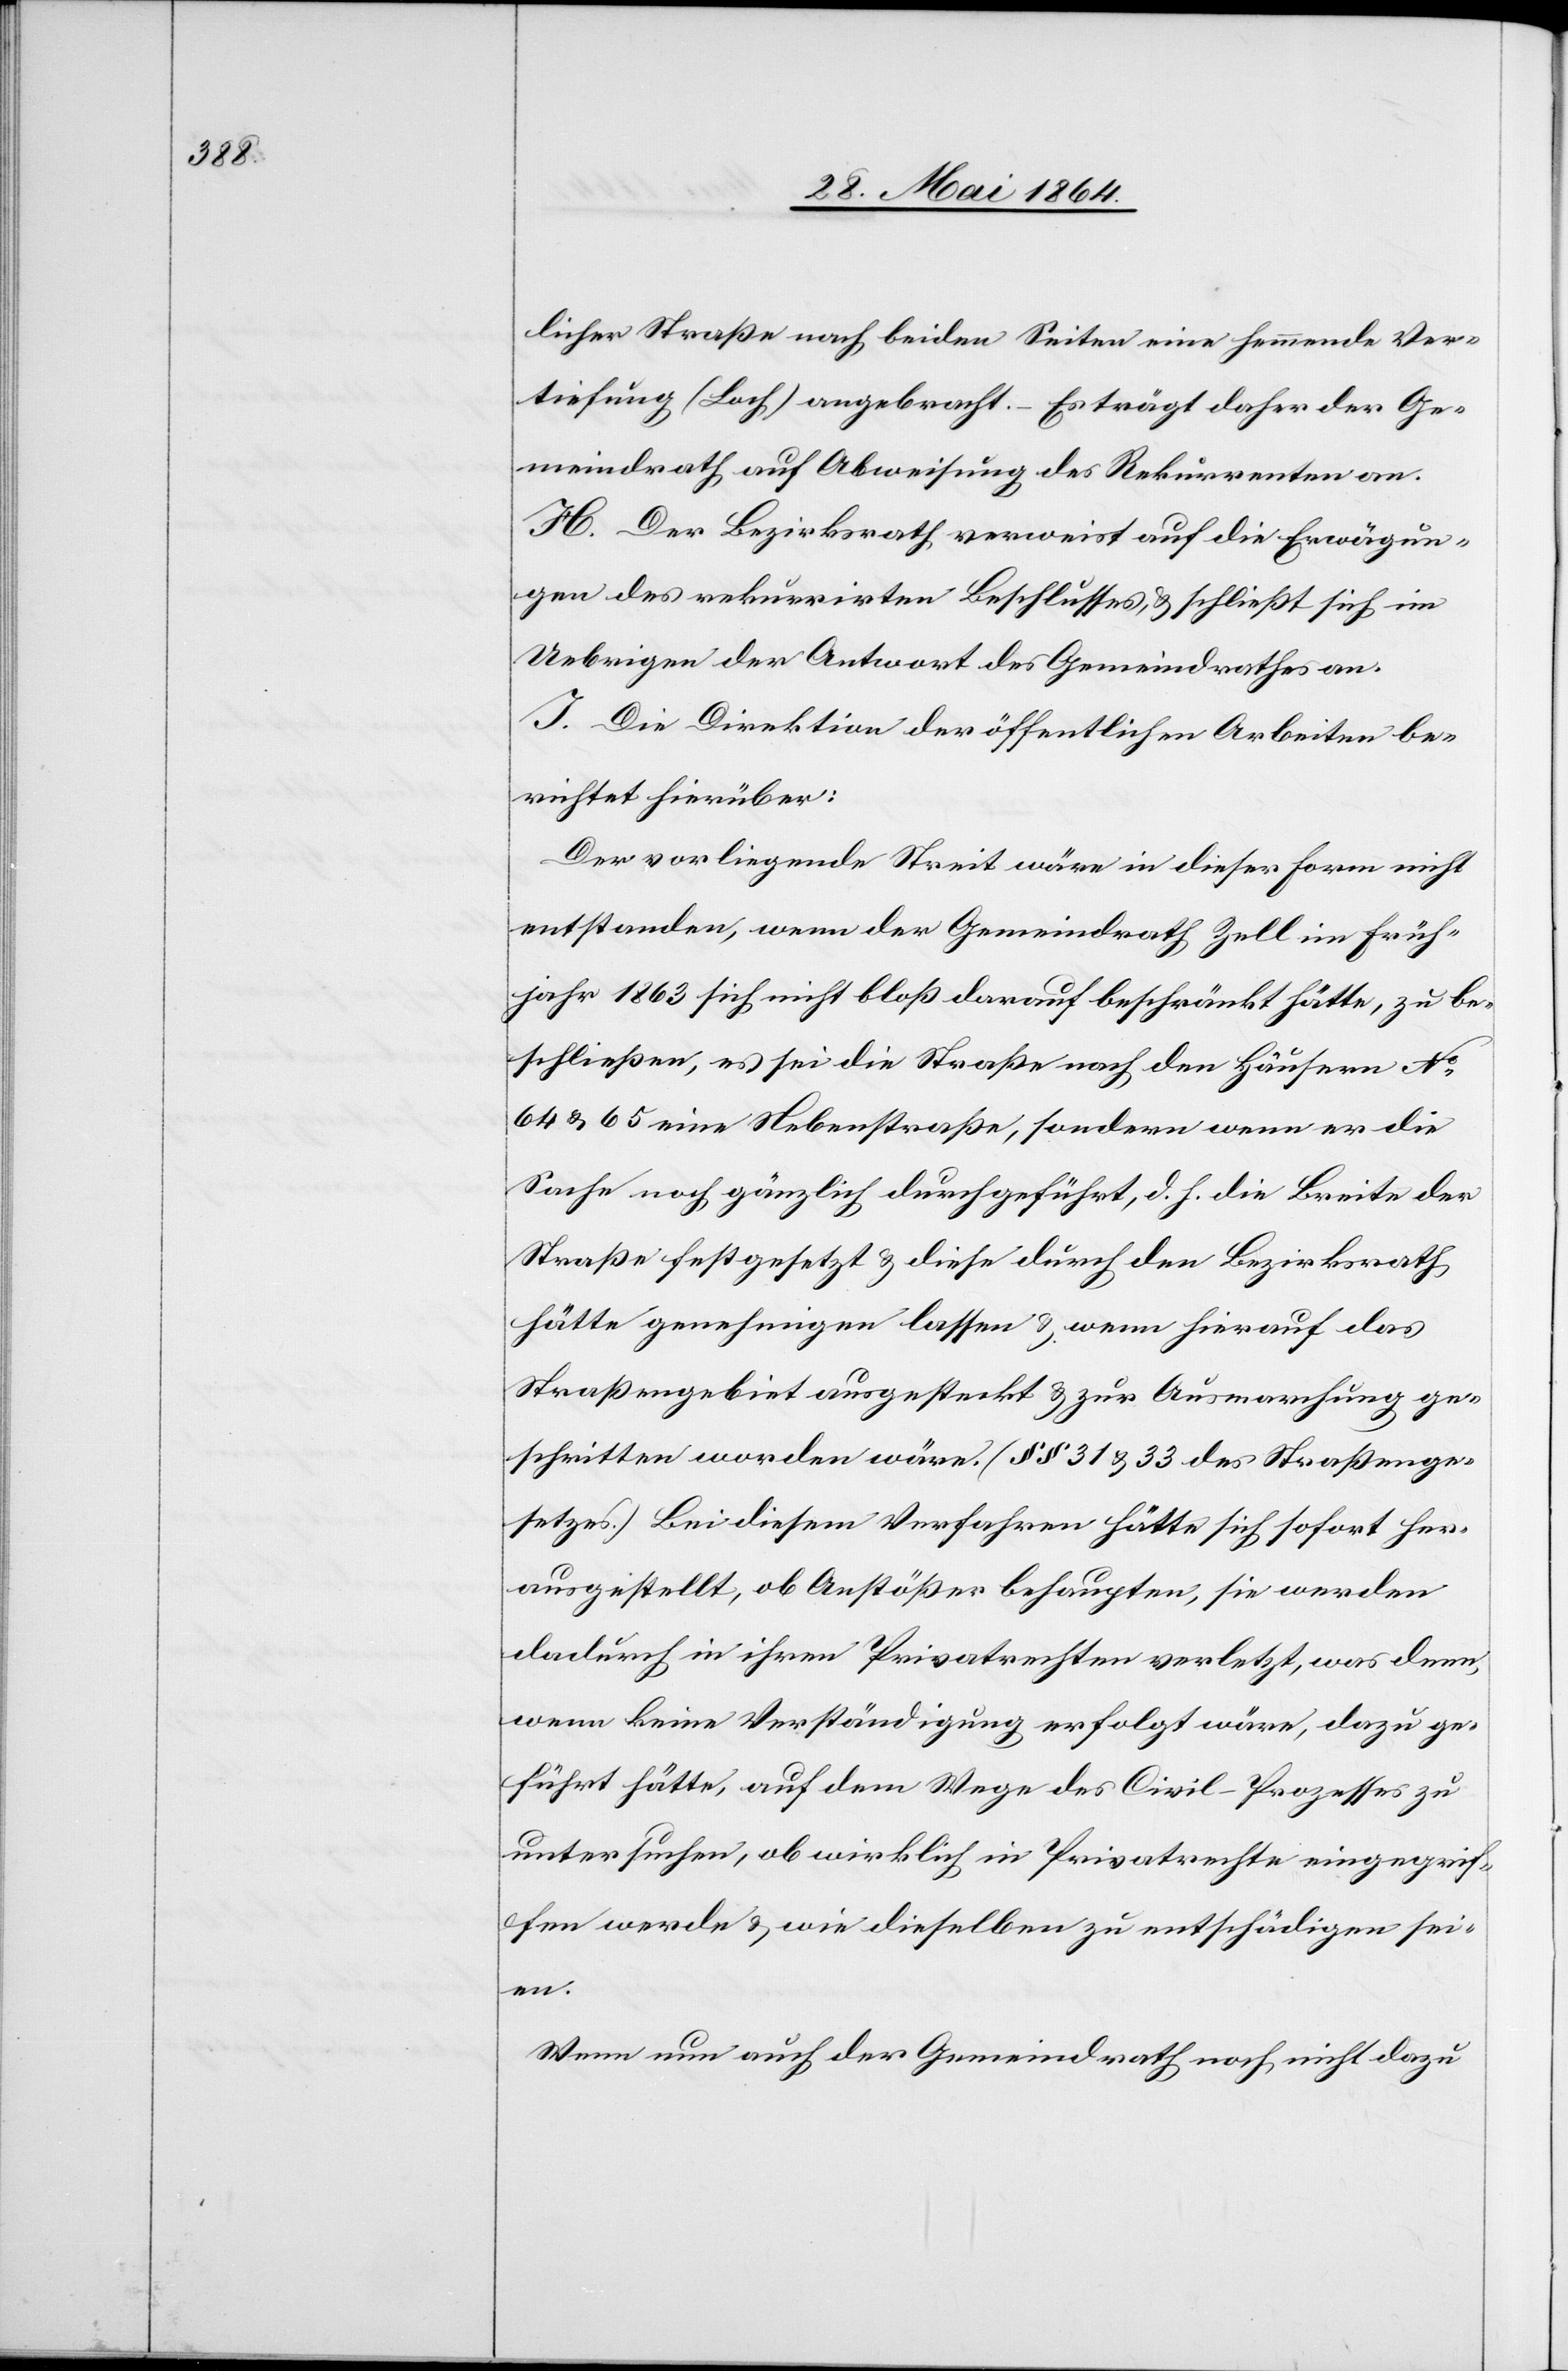
licher Straße nach beiden Seiten eine hemmende Ver¬
tiefung (Loch) angebracht. – Es trägt daher der Ge¬
meindrath auf Abweisung des Rekurrenten an.
H. Der Bezirksrath verweist auf die Erwägun¬
gen des rekurrirten Beschlusses, u. schließt sich im
Uebrigen der Antwort des Gemeindrathes an.
I. Die Direktion der öffentlichen Arbeiten be¬
richtet hierüber:
Der vorliegende Streit wäre in dieser Form nicht
entstanden, wenn der Gemeindrath Zell im Früh¬
jahr 1863 sich nicht bloß darauf beschränkt hätte, zu be¬
schließen, es sei die Straße nach den Häusern No
64 u. 65 eine Nebenstraße, sondern wenn er die
Sache noch gänzlich durchgeführt, d. h. die Breite der
Straße festgesetzt u. diese durch den Bezirksrath
hätte genehmigen lassen u. wenn hierauf das
Straßengebiet ausgesteckt u. zur Ausmarchung ge¬
schritten worden wäre. (§§ 31 u. 33 des Straßenge¬
setzes.) Bei diesem Verfahren hätte sich sofort her¬
ausgestellt, ob Anstößer behaupten, sie werden
dadurch in ihren Privatrechten verletzt, was denn,
wenn keine Verständigung erfolgt wäre, dazu ge¬
führt hätte, auf dem Wege des Civil-Prozesses zu
untersuchen, ob wirklich in Privatrechte eingegrif¬
fen werde u. wie dieselben zu entschädigen sei¬
en.
Wenn nun auch der Gemeindrath noch nicht dazu